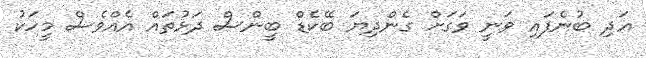
އަދި ބުނެފައި ވަނީ ވަގަށް ގެންދިޔަ ބޭކެޑް ބީންސް ދަޅުތައް އެއްވެސް މީހަކު